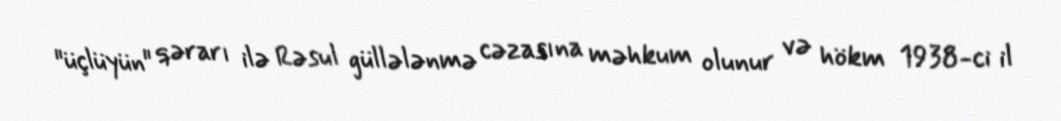
"üçlüyün" qərarı ilə Rəsul güllələnmə cəzasına məhkum olunur və hökm 1938-ci il